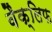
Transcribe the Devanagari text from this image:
वैक्लिफ